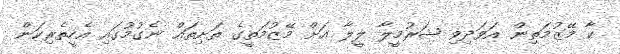
ކާ މޭޒުމަތިން އަވަދިވި ޝަރުމީލާ ލީލާ އަށް މޭޒުމަތީގެ ތަށިތައް ނެގުމުގައި އެހީތެރިކަން